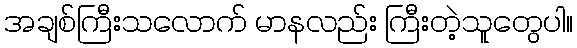
အချစ်ကြီးသလောက် မာနလည်း ကြီးတဲ့သူတွေပါ။